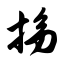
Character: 拗